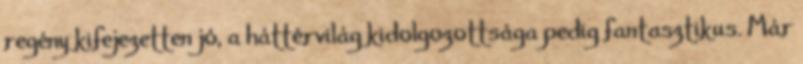
regény kifejezetten jó, a háttérvilág kidolgozottsága pedig fantasztikus. Már